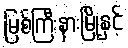
မြစ်ကြီးနားမြို့နှင့်